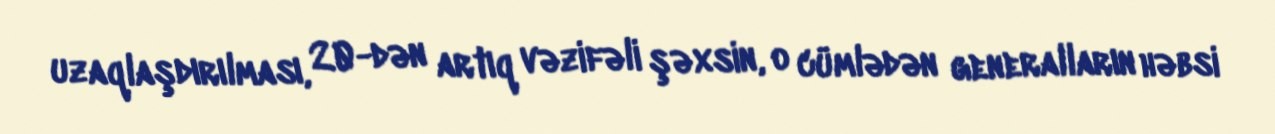
uzaqlaşdırılması, 20-dən artıq vəzifəli şəxsin, o cümlədən generalların həbsi